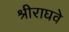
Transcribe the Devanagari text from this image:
श्रीराघवे